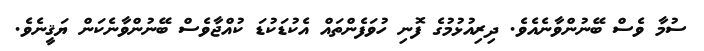
ސުމާ ވެސް ބޭނުންވާނެއެވެ. ދިރިއުޅުމުގެ ފޮނި ހުވަފެންތައް އެކުޑަކުޑަ ކުއްޖާވެސް ބޭނުންވާނެކަން ޔަޤީނެވެ.